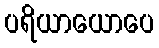
ပရိယာယောပေ